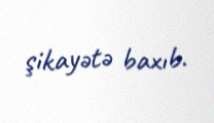
şikayətə baxıb.